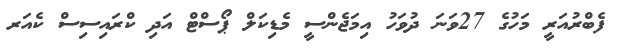
ފެބްރުއަރީ މަހުގެ 27ވަނަ ދުވަހު އިމަޖެންސީ މެޑިކަލް ޕޯސްޓް އަދި ކްރައިސިސް ކެއަރ